Leprosy in India: report of the Leprosy Commission in India, 1890-91
Year: 1890
Disease focus: Leprosy
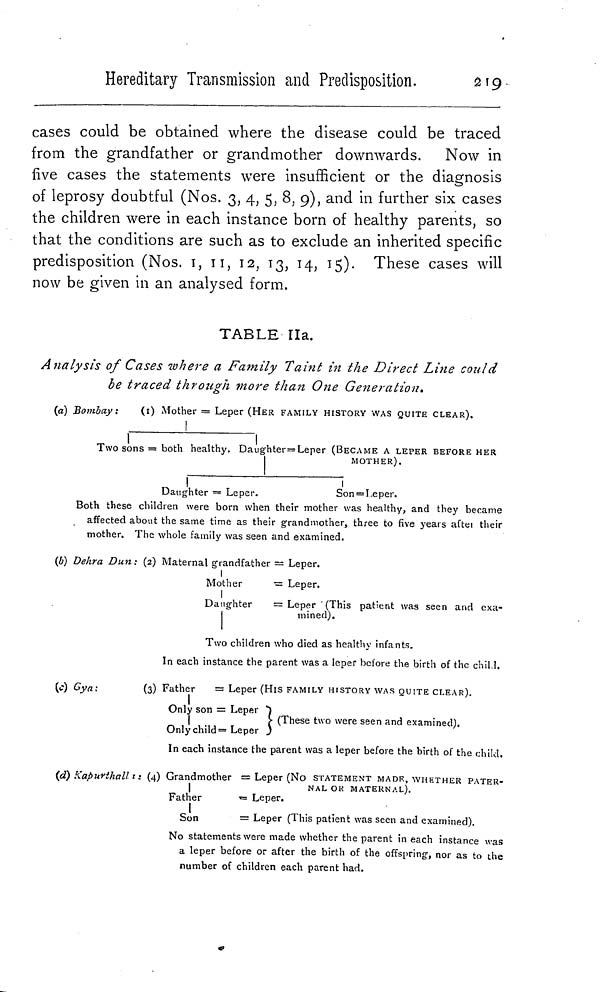
Hereditary Transmission and Predisposition.
219
cases could be obtained where the disease could be traced
from the grandfather or grandmother downwards. Now in
five cases the statements were insufficient or the diagnosis
of leprosy doubtful (Nos. 3, 4, 5, 8, 9), and in further six cases
the children were in each instance born of healthy parents, so
that the conditions are such as to exclude an inherited specific
predisposition (Nos. 1, 11, 12, 13, 14, 15). These cases will
now be given in an analysed form.
TABLE 11a.
Analysis of Cases where a Family Taint in the Direct Line could
be traced through more than One Generation.
(a) Bombay:
(i) Mother = Leper (HER FAMILY HISTORY WAS QUITE CLEAR).
!
Two sons = both healthy. Daughter=Leper (BECAME A LEPER BEFORE HER
MOTHER).
Daughter = Leper.
Son == Leper.
Both these children were born when their mother was healthy, and they became
affected about the same time as their grandmother, three to five years after their
mother. The whole family was seen and examined.
(¿0 Dehra Dun : (2) Maternal grandfather = Leper.
Mother
= Leper.
Daughter
= Leper (This patient was seen and exa-
mined).
Two children who died as healthy infants.
In each instance the parent was a leper before the birth of the child.
(c)
Gya:
(3) Father
= Leper (His FAMILY HISTORY WAS QUITE CLEAR).
Only son = Leper
(These two were seen and examined).
Only child = Leper
In each instance the parent was a leper before the birth of the child.
(d) Kapurthall \ill\ : (4) Grandmother = Leper (No STATEMENT MADE, WHETHER PATER-
|
NAL OR MATERNAL).
Father
= Leper.
Son
= Leper (This patient was seen and examined).
No statements were made whether the parent in each instance was
a leper before or after the birth of the offspring, nor as to the
number of children each parent had.